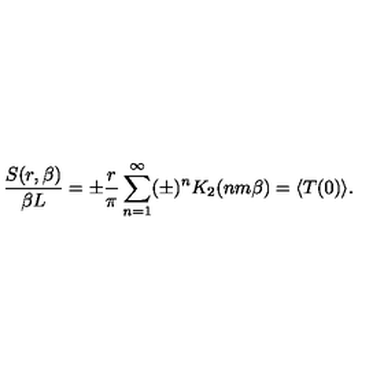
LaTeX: { \frac { S ( r , \beta ) } { \beta L } } = \pm { \frac { r } { \pi } } \sum _ { n = 1 } ^ { \infty } ( \pm ) ^ { n } K _ { 2 } ( n m \beta ) \nonumber = \langle T ( 0 ) \rangle .